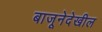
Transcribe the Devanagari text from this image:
बाजूनेदेखील